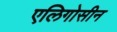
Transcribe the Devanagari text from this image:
एलिगोसीन